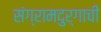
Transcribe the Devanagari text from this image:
संग्रामदुर्गाची